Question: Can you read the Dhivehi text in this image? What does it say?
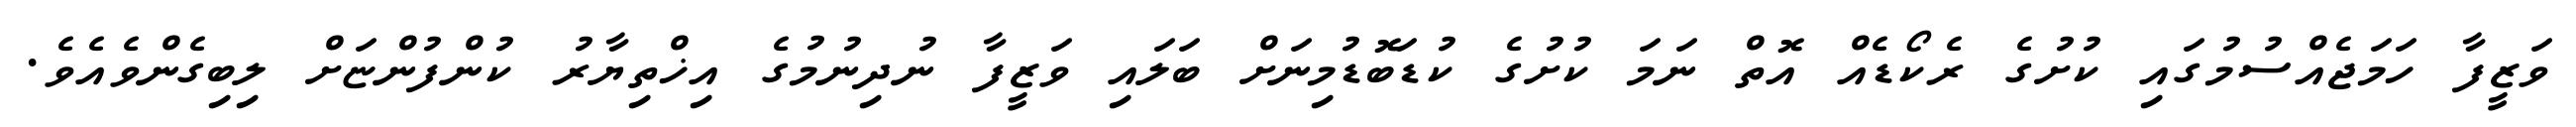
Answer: ވަޒީފާ ހަމަޖެއްސުމުގައި ކުށުގެ ރެކޯޑެއް އޮތް ނަމަ ކުށުގެ ކުޑަބޮޑުމިނަށް ބަލައި ވަޒީފާ ނުދިނުމުގެ އިޚްތިޔާރު ކުންފުންޏަށް ލިބިގެންވެއެވެ.